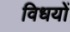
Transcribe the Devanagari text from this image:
विधयों